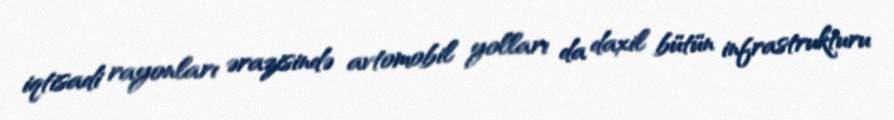
iqtisadi rayonları ərazisində avtomobil yolları da daxil bütün infrastrukturu